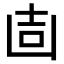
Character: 𠚌